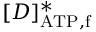
[ D ] _ { \mathrm { A T P , f } } ^ { \ast }